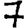
Digit: 7